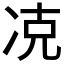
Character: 𠗌